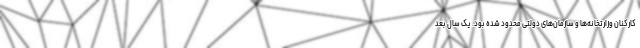
کارکنان وزارتخانه‌ها و سازمان‌های دولتی محدود شده بود. یک سال بعد